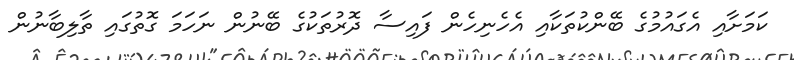
ކަމަށާއި އެގައުމުގެ ބޭންކުތަކާއި އެހެނިހެން ފައިސާ ދޮރުތަކުގެ ބޭނުން ނަހަމަ ގޮތުގައި ތާލިބާނުން